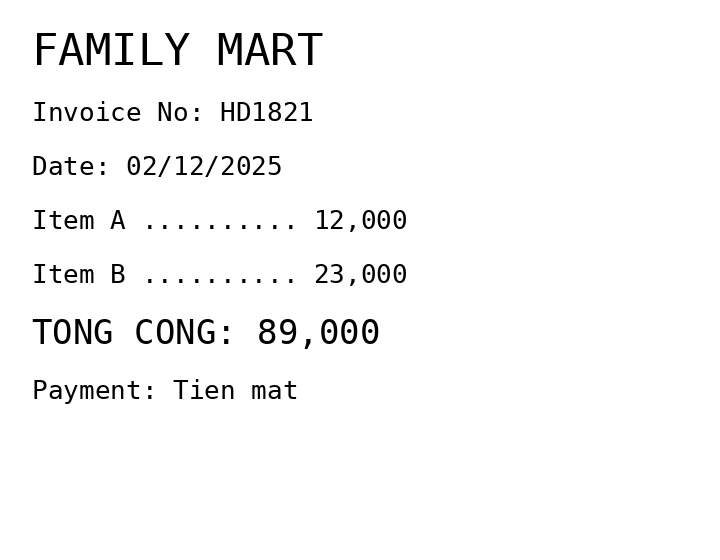
FAMILY MART
Invoice No: HD1821
Date: 02/12/2025
Item A .......... 12,000
Item B .......... 23,000
TONG CONG: 89,000
Payment: Tien mat
Merchant: family mart
Date: 2025-12-02
Total: 89000
Invoice No: HD1821
Payment method: CASH